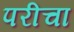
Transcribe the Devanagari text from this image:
परीचा